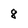
Character: 8